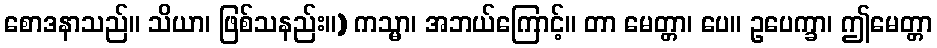
စောဒနာသည်။ သိယာ၊ ဖြစ်သနည်း။) ကသ္မာ၊ အဘယ်ကြောင့်။ တာ မေတ္တာ၊ ပေ။ ဥပေက္ခာ၊ ဤမေတ္တာ